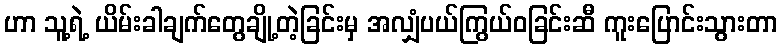
ဟာ သူ့ရဲ့ ယိမ်းခါချက်တွေချို့တဲ့ခြင်းမှ အလျှံပယ်ကြွယ်ဝခြင်းဆီ ကူးပြောင်းသွားတာ